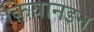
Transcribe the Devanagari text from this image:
क़ियानइन